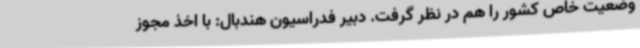
وضعیت خاص کشور را هم در نظر گرفت. دبیر فدراسیون هندبال: با اخذ مجوز